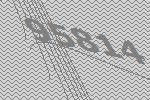
95814